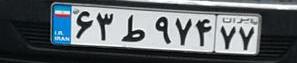
۶۳ط۹۷۴۷۷